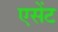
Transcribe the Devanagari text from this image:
एसेंट